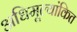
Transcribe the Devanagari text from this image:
अधिमूल्यांकित